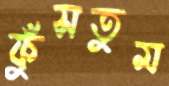
ফুঁসতুম